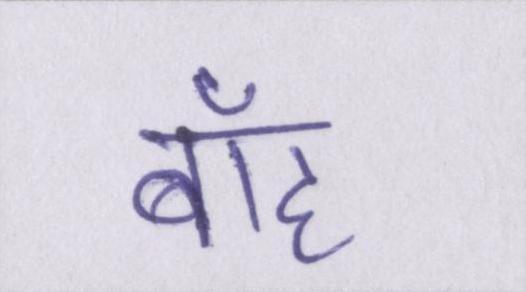
बाँह